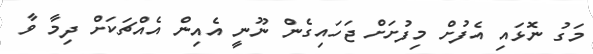
މަގު ނޮޅައި އެފުށް މިފުށަށް ޖަހައިގެން ނޫނީ އެއިން އެއްޗަކަށް ދިމާ ވާ